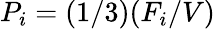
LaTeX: P_{i}=(1/3)(F_{i}/V)